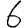
Digit: 6